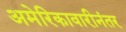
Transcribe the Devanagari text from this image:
अमेरिकावारीनंतर